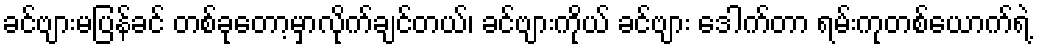
ခင်ဗျားမပြန်ခင် တစ်ခုတော့မှာလိုက်ချင်တယ်၊ ခင်ဗျားကိုယ် ခင်ဗျား ဒေါက်တာ ရမ်းကုတစ်ယောက်ရဲ့